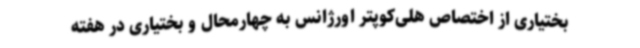
بختیاری از اختصاص هلی‌کوپتر اورژانس به چهارمحال و بختیاری در هفته